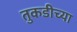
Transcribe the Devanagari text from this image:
तुकडीच्या